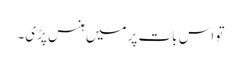
تو اس بات پر میں ہنس پڑی۔